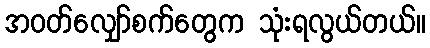
အဝတ်လျှော်စက်တွေက သုံးရလွယ်တယ်။